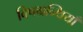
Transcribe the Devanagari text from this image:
विषग्रन्थियाँ